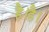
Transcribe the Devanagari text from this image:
है।है।